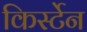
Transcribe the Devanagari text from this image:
किर्स्टेन